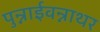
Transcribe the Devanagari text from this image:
पुन्नाईवन्नाथर